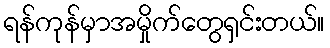
ရန်ကုန်မှာအမှိုက်တွေရှင်းတယ်။